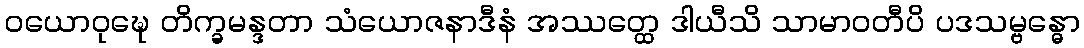
ဝယောဝုဍ္ဎေ တိက္ခမန္ဒတာ သံယောဇနာဒီနံ အဿတ္ထေ ဒါယီသိ သာမာဝတီပိ ပဒသမ္ဗန္ဓော